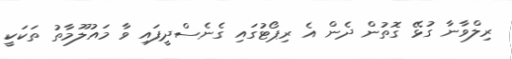
ރިލްވާނާ ގުޅޭ ގޮތުން ދެން އެ ރިޕޯޓުގައި ގެނެސްދީފައި ވާ މައުލޫމާތު ތަކަކީ